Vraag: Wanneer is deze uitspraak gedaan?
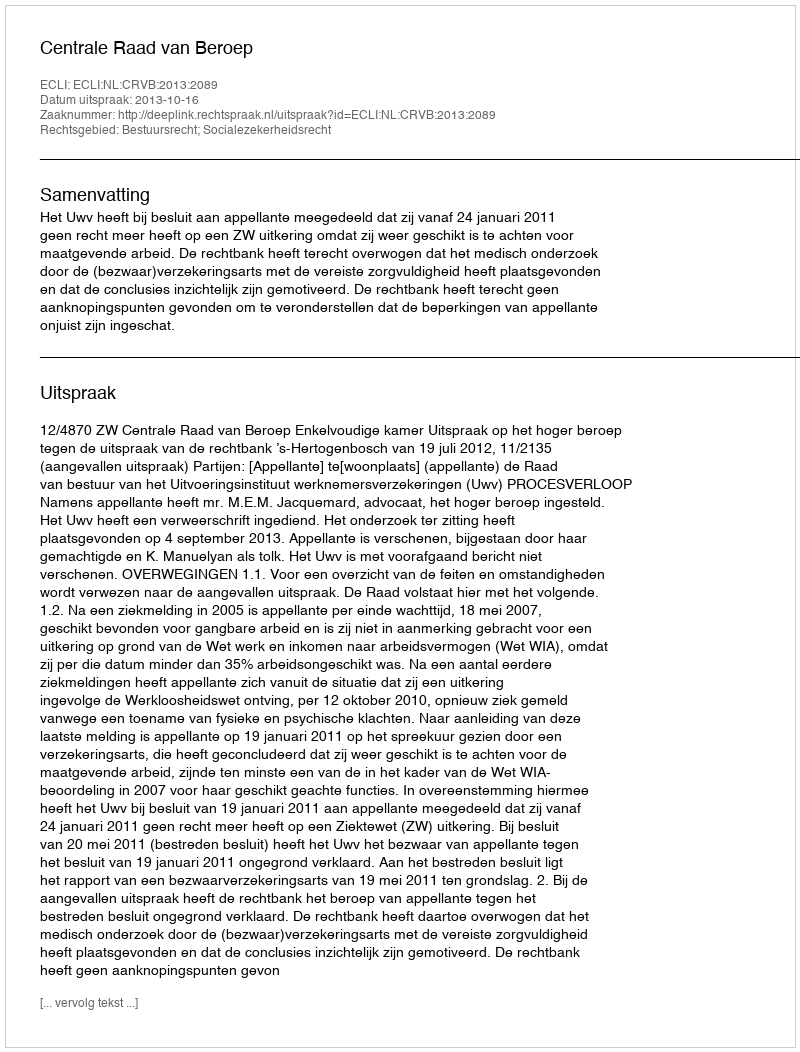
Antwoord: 2013-10-16